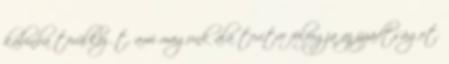
kabinba törülközőt, ami magunk alá terítve felfogja az izzadtságot.